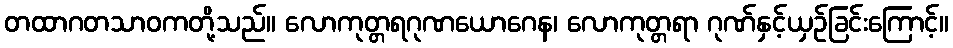
တထာဂတသာဝကတို့သည်။ လောကုတ္တရဂုဏယောဂေန၊ လောကုတ္တရာ ဂုဏ်နှင့်ယှဉ်ခြင်းကြောင့်။